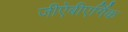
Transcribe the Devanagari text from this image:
जीऐबीएर्गिक